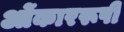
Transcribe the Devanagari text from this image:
ओंकाररूपी